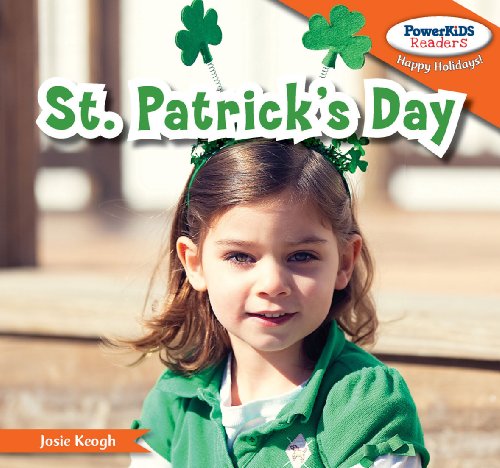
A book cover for St. Patrick's Day (Powerkids Readers: Happy Holidays!); Josie Keogh; Children's Books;